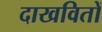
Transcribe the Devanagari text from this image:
दाखवितों